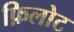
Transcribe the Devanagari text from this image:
फ़िलोट